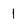
Character: l